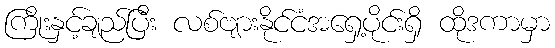
ကြိုးနှင့်ချည်ပြီး လစ်ဗျားနိုင်ငံအရှေ့ပိုင်းရှိ ထိုဒကာမှာ